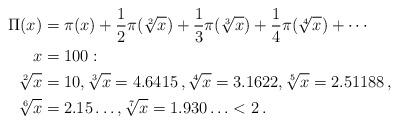
LaTeX: \begin{align*} \Pi (x) &= \pi (x) + \frac{1}{2} \pi (\sqrt[2]{x}) + \frac{1}{3} \pi (\sqrt[3]{x}) + \frac{1}{4} \pi (\sqrt[4]{x}) + \cdots \\ x &= 100 : \\ \sqrt[2]{x} &= 10, \sqrt[3]{x} = 4.6415 \, , \sqrt[4]{x} = 3.1622, \sqrt[5]{x} = 2.51188 \, , \\ \sqrt[6]{x} &= 2.15 \ldots, \sqrt[7]{x} = 1.930 \ldots < 2 \, . \end{align*}